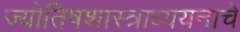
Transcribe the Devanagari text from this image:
ज्योतिषशास्त्राध्ययनाचे